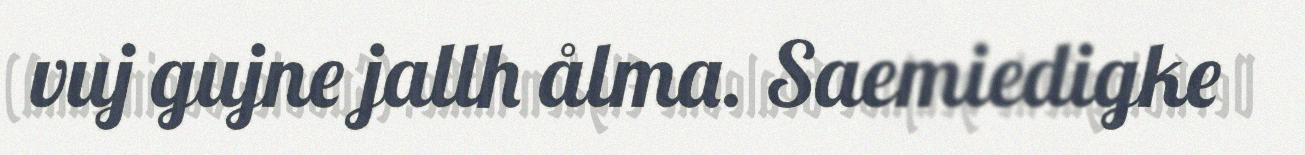
vuj gujne jallh ålma. Saemiedigke